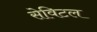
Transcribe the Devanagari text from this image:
सेविटल